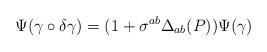
LaTeX: \begin{align*}\Psi(\gamma\circ\delta\gamma) = (1 +\sigma^{ab} \Delta_{ab}(P) ) \Psi(\gamma)\end{align*}